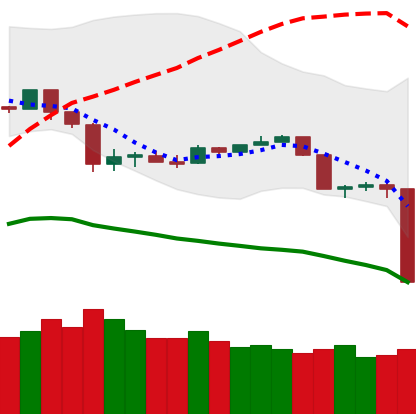
Ticker: TRX-USD
Chart end date: 2020-03-12
Forward return: 12.432%
Label: up_7plus